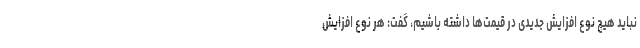
نباید هیچ نوع افزایش جدیدی در قیمت‌ها داشته باشیم، گفت: هر نوع افزایش